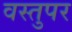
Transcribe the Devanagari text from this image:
वस्तुपर